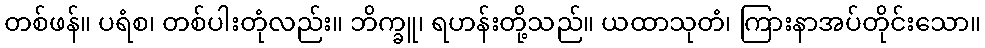
တစ်ဖန်။ ပရံစ၊ တစ်ပါးတုံလည်း။ ဘိက္ခူ၊ ရဟန်းတို့သည်။ ယထာသုတံ၊ ကြားနာအပ်တိုင်းသော။